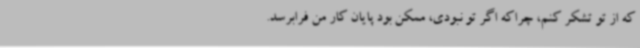
که از تو تشکر کنم، چراکه اگر تو نبودی، ممکن بود پایان کار من فرابرسد.